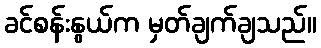
ခင်စန်းနွယ်က မှတ်ချက်ချသည်။